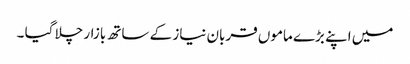
میں اپنے بڑے ماموں قربان نیاز کے ساتھ بازار چلا گیا ۔